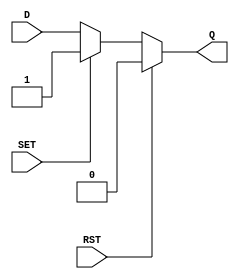
module async_register (
    input wire D,       // Data input
    input wire SET,     // Asynchronous set control signal
    input wire RST,     // Asynchronous reset control signal
    output reg Q        // Data output
);

// Always block to handle asynchronous behavior
always @(*) begin
    if (RST) begin
        Q = 1'b0;      // Reset output to low
    end else if (SET) begin
        Q = 1'b1;      // Set output to high
    end else begin
        Q = D;         // Capture data input
    end
end

endmodule